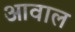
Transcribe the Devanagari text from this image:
आवाल